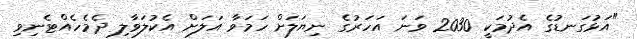
"އަޅުގަނޑުގެ އެދުމަކީ 2030 ވަނަ އަހަރުގެ ނިޔަލަށް ހަމަވާ އަލަށް އެކުލަވާލި ދެމެހެއްޓެނިވި